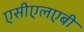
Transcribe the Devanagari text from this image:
एसीएलएबी